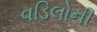
વડિલોની